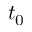
t _ { 0 }